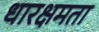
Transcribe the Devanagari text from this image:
धारक्षमता